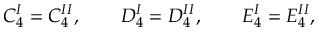
C _ { 4 } ^ { I } = C _ { 4 } ^ { I I } , \qquad D _ { 4 } ^ { I } = D _ { 4 } ^ { I I } , \qquad E _ { 4 } ^ { I } = E _ { 4 } ^ { I I } ,